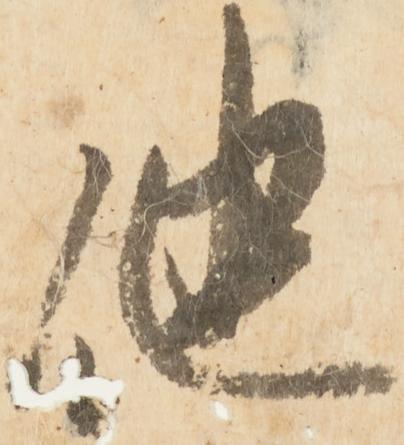
他